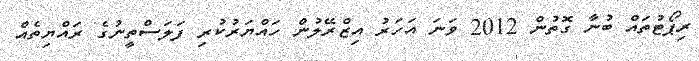
ރިޕޯޓުތައް ބުނާ ގޮތުން 2012 ވަނަ އަހަރު އިޒްރޭލުން ހައްޔަރުކުރި ފަލަސްތީނުގެ ރައްޔިތެއް